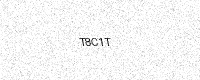
Text: T8C1T